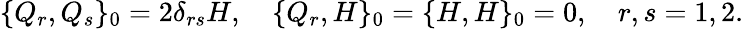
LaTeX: \{ Q_{r},Q_{s}\} _{0}=2\delta_{rs}H,\quad\{ Q_{r},H\} _{0}=\{ H,H\} _{0}=0,\quad r,s=1,2.